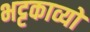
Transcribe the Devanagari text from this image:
भट्टकाव्यों